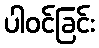
ပါဝင်ခြင်း